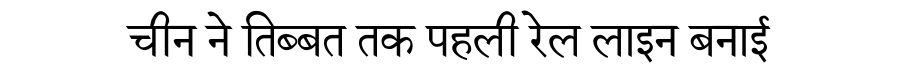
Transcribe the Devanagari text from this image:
चीन ने तिब्बत तक पहली रेल लाइन बनाई